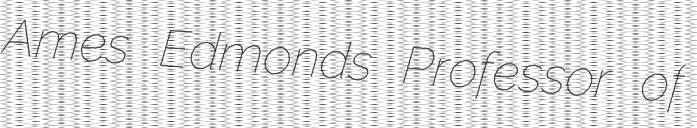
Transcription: Ames Edmonds Professor of